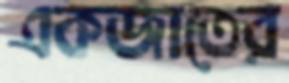
একজাতের